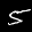
Label: 5